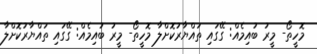
މޮހީތޯ- މީރު ބުއިމެއް: ގޭގައި ތައްޔާރުކޮށްލާ މޮހީތޯ- މީރު ބުއިމެއް: ގޭގައި ތައްޔާރުކޮށްލާ